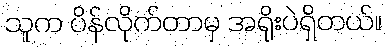
သူက ပိန်လိုက်တာမှ အရိုးပဲရှိတယ်။